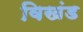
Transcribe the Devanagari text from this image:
विखंड